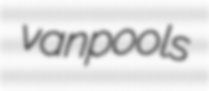
vanpools